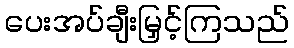
ပေးအပ်ချီးမြှင့်ကြသည်